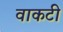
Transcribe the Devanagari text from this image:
वाकटी